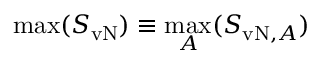
\operatorname* { m a x } ( S _ { \mathrm { v N } } ) \equiv \operatorname* { m a x } _ { A } ( S _ { \mathrm { v N } , A } )